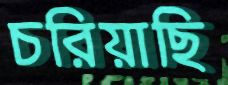
চরিয়াছি